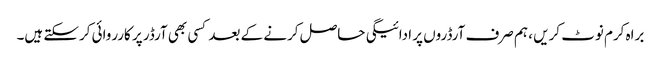
براہ کرم نوٹ کریں ، ہم صرف آرڈروں پر ادائیگی حاصل کرنے کے بعد کسی بھی آرڈر پر کارروائی کرسکتے ہیں۔